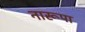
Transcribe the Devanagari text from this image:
नारूपा